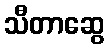
သီတာဆွေ